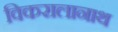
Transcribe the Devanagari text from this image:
विकरालानाथ